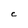
Character: C